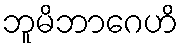
ဘူမိဘာဂေဟိ